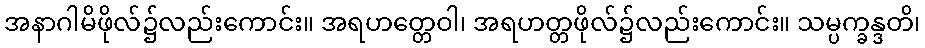
အနာဂါမိဖိုလ်၌လည်းကောင်း။ အရဟတ္တေဝါ၊ အရဟတ္တဖိုလ်၌လည်းကောင်း။ သမ္ပက္ခန္ဒတိ၊